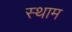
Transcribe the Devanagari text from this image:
स्थाम